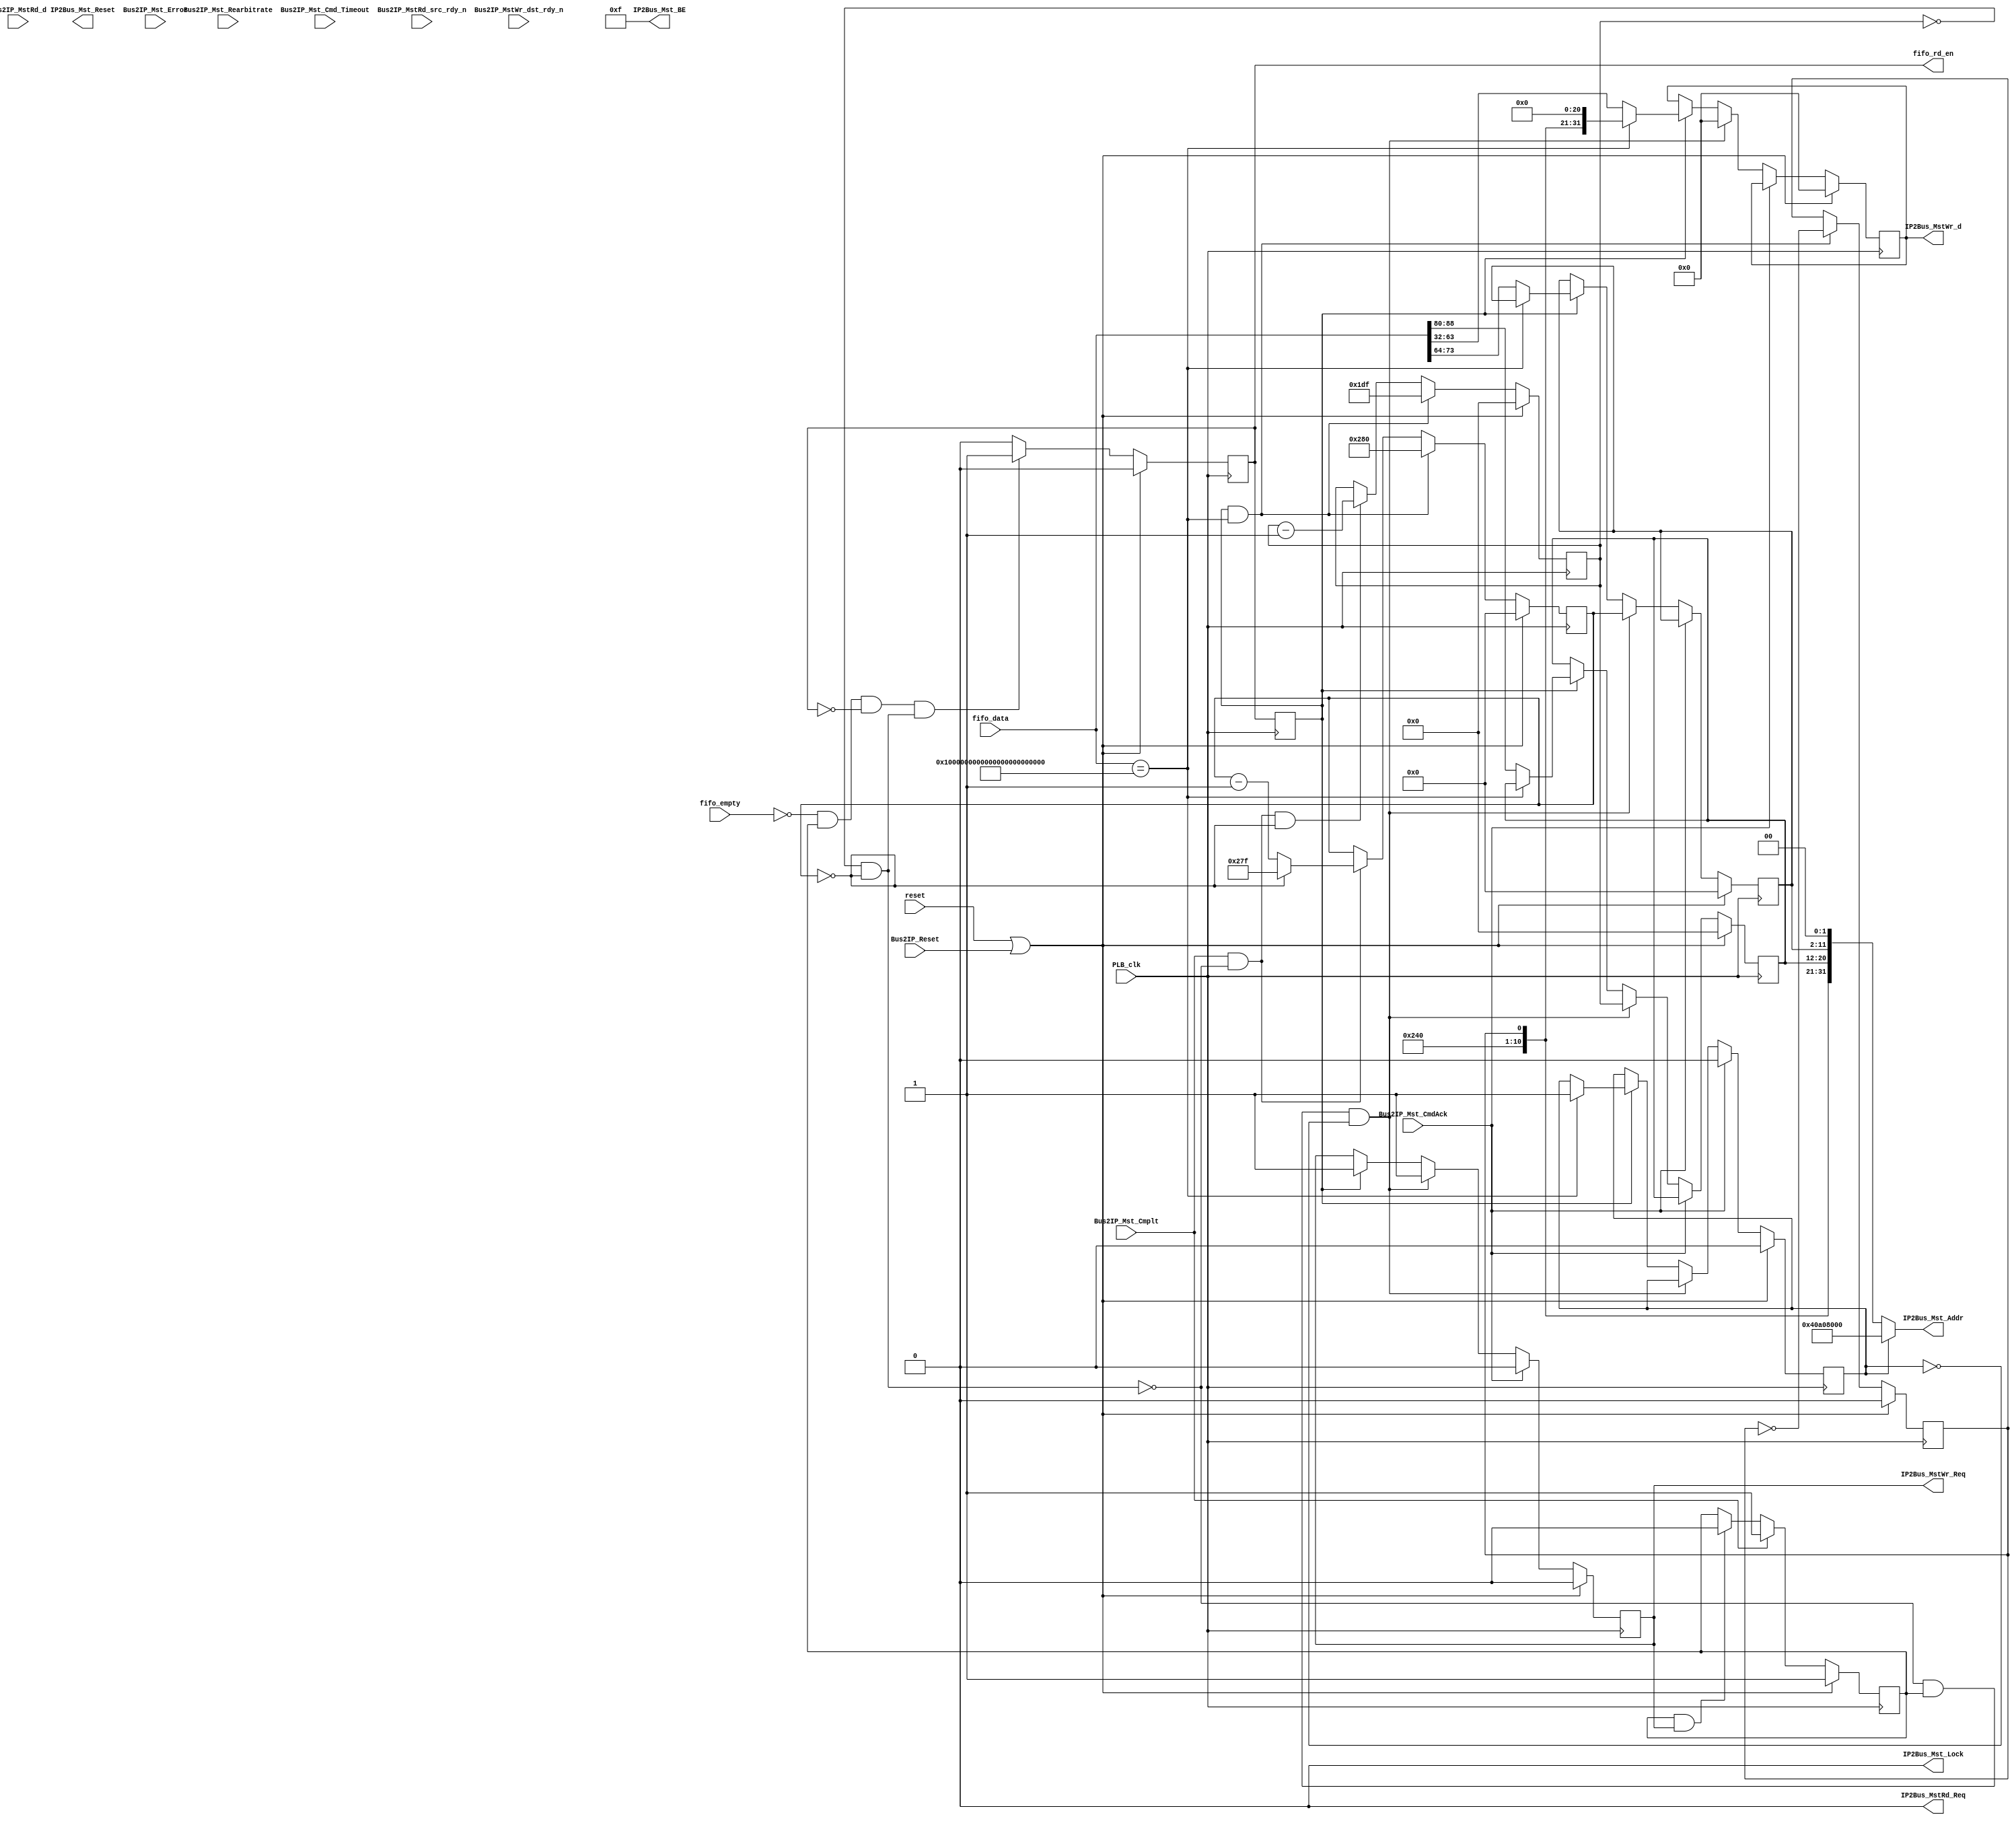
`timescale 1ns / 1ps
//////////////////////////////////////////////////////////////////////////////////
// Company: 
// Engineer: 
// 
// Design Name: 
// Module Name:    fbwriter 
// Project Name: 
// Target Devices: 
// Tool versions: 
// Description: 
//
// Dependencies: 
//
// Revision: 
// Revision 0.01 - File Created
// Additional Comments: 
//
//////////////////////////////////////////////////////////////////////////////////
module fbwriter(
    // For Development
    reset,

    fifo_data,
    fifo_empty,
    fifo_rd_en,
    
    PLB_clk,
	 
	Bus2IP_Reset,    
    IP2Bus_MstRd_Req,
    IP2Bus_MstWr_Req,
    IP2Bus_Mst_Addr,
    IP2Bus_Mst_BE,
    IP2Bus_Mst_Lock,
    IP2Bus_Mst_Reset,
    Bus2IP_Mst_CmdAck,
    Bus2IP_Mst_Cmplt,
    Bus2IP_Mst_Error,
    Bus2IP_Mst_Rearbitrate,
    Bus2IP_Mst_Cmd_Timeout,
    Bus2IP_MstRd_d,
    Bus2IP_MstRd_src_rdy_n,
    IP2Bus_MstWr_d,
    Bus2IP_MstWr_dst_rdy_n
    );


parameter FB_BASE_ADDR                   = 10'b1001_0000_00;
parameter FB_CNTL_ADDR                   = 32'h40A0_8000;
parameter RAST_FBW_FIFO_LEN              = 96;
parameter LINE_LEN                       = 9;
parameter COL_LEN                        = 10;

parameter FLUSH_COL                      = 'd639;
parameter FLUSH_LINE                     = 'd479;

//parameter FLUSH_COL                      = 'd20;
//parameter FLUSH_LINE                     = 'd10;


// PLB Parameters
parameter C_MST_AWIDTH                   = 32;
parameter C_MST_DWIDTH                   = 32;


// FIFO interface
input      [0 : RAST_FBW_FIFO_LEN-1]      fifo_data;
input                                     fifo_empty;
output reg                                fifo_rd_en = 0;

input                                     reset;

// PLB interface
input                                     PLB_clk;
input                                     Bus2IP_Reset;
output                                    IP2Bus_MstRd_Req;
output                                    IP2Bus_MstWr_Req;
output     [0 : C_MST_AWIDTH-1]           IP2Bus_Mst_Addr;
output     [0 : C_MST_DWIDTH/8-1]         IP2Bus_Mst_BE;
output                                    IP2Bus_Mst_Lock;
output                                    IP2Bus_Mst_Reset;
input                                     Bus2IP_Mst_CmdAck;
input                                     Bus2IP_Mst_Cmplt;
input                                     Bus2IP_Mst_Error;
input                                     Bus2IP_Mst_Rearbitrate;
input                                     Bus2IP_Mst_Cmd_Timeout;
input      [0 : C_MST_DWIDTH-1]           Bus2IP_MstRd_d;
input                                     Bus2IP_MstRd_src_rdy_n;
output     [0 : C_MST_DWIDTH-1]           IP2Bus_MstWr_d;
input                                     Bus2IP_MstWr_dst_rdy_n;


  // writer registers  
  reg     [0 : LINE_LEN-1]               line;
  reg     [0 : COL_LEN-1]                col;
  reg     [0 : 31]                       color;
  reg                                    completed = 1;
  
  reg                                    buffer;
  reg                                    swap;

  reg                                    wr_req = 0;
  

  reg     [0 : LINE_LEN-1]               flush_line = 0;
  reg     [0 : COL_LEN-1]                flush_col = 0;
  
  wire flush_done = (flush_line == 'b0) && (flush_col == 'b0);

  // assign IPIF input wires
  assign IP2Bus_MstRd_Req                    = 0;
  assign IP2Bus_MstWr_Req                    = wr_req;
  //assign IP2Bus_Mst_Addr[0 : 10]             = FB_BASE_ADDR;
  //assign IP2Bus_Mst_Addr[11:19]              = line;
  //assign IP2Bus_Mst_Addr[20:29]              = col;
  //assign IP2Bus_Mst_Addr[30:31]              = 'b0;
  
  assign IP2Bus_Mst_Addr = (swap ? FB_CNTL_ADDR : {FB_BASE_ADDR, buffer, line, col, 2'b0} );
  
  
  assign IP2Bus_Mst_BE[0 : C_MST_DWIDTH/8-1] = ~('b0);
  assign IP2Bus_Mst_Lock                     = 0;
  assign IP2Bus_MstWr_d[0 : C_MST_DWIDTH-1]  = color;
    
  always @ (posedge PLB_clk)
    begin
	   if ( reset || Bus2IP_Reset ) 
		  completed <= 1;
		else if ( Bus2IP_Mst_Cmplt ) 
		  completed <= 1;
      else if ( completed && IP2Bus_MstWr_Req )
		  completed <= 0;
		else
		  completed <= completed;
	 end
  
  always @ (posedge PLB_clk)
    begin
      if ( reset || Bus2IP_Reset )
        fifo_rd_en <= 0;
		// want to make fifo_rd_en a pulse
      else if ( !fifo_empty && completed && !fifo_rd_en && flush_done)
        fifo_rd_en <= 1;
      else
        fifo_rd_en <= 0;
	 end

  // HACK!
  reg fifo_rd_en_delayed;
  always @ (posedge PLB_clk)
    fifo_rd_en_delayed <= fifo_rd_en;
  
  // flush line counter  
  always @ (posedge PLB_clk)
    if ( reset || Bus2IP_Reset )
      flush_line <= 9'd0;
    else if ( fifo_rd_en_delayed && fifo_data == ~('b0) )
      flush_line <= FLUSH_LINE;
    else if ( Bus2IP_Mst_Cmplt && !flush_done && flush_col == 'b0 )
      flush_line <= flush_line - 1;
    else 
      flush_line <= flush_line;
  
  // flush col counter  
  always @ (posedge PLB_clk)
    if ( reset || Bus2IP_Reset )
      flush_col <= 'd0;
    else if ( fifo_rd_en_delayed && (fifo_data == ~('b0)) )
      flush_col <= FLUSH_COL+1;
    else if ( Bus2IP_Mst_Cmplt && !flush_done )
      if ( flush_col == 'b0 )
        flush_col <= FLUSH_COL;
      else
        flush_col <= flush_col - 1;
    else 
      flush_col <= flush_col;
  
  reg flushing;
  always @ (posedge PLB_clk)
    begin
	   if ( reset || Bus2IP_Reset )
		 begin
           flushing <= 0;
           buffer   <= 0;
         end    
       else if (fifo_rd_en_delayed && (fifo_data == ~('b0)))
         begin
           flushing <= 1;
           buffer   <= ~buffer;
         end
       else if ( flush_done && flushing )
         begin
           // flip the buffer at the end of the flush
           flushing <= 0;
           buffer   <= buffer;
         end
       else 
         begin
           flushing <= flushing;
           buffer   <= buffer;
         end         
     end
  
  
  // assign line and col and color regs
  always @ (posedge PLB_clk)
    begin
	   if ( reset || Bus2IP_Reset )
		  begin
            line   <= 'h0;
            col    <= 'h0;
            color  <= 'h0;
		    wr_req <= 0;
            swap   <= 0;
		  end
	   else if ( Bus2IP_Mst_CmdAck )
		 begin
		   wr_req <= 0;
           swap   <= 0;
		 end
       else if ( !flush_done && completed && !swap )
	     begin
           line   <= flush_line;
           col    <= flush_col;
           color  <= 'd0;
           wr_req <= 1;
         end
       else if ( fifo_rd_en_delayed )
		  begin
		    // combinationally read whether it's a flush command
            if ( fifo_data == ~('b0) )
              begin
              // start flush operation
                //line   <= 'd479;
                //line   <= FLUSH_LINE;
                //col    <= 'd640; // give one request to change the controller
                //col    <= FLUSH_COL + 1;
                color  <= {FB_BASE_ADDR, buffer, 21'b0};
                wr_req <= 1;
                swap   <= 1;
              end
            else            
              begin
                line   <= fifo_data[15-LINE_LEN+1:15];
                col    <= fifo_data[31-COL_LEN+1:31];
                color  <= fifo_data[32:63];
		        wr_req <= 1;
              end
		  end
          
    end 
 
endmodule